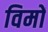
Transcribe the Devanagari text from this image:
विमों